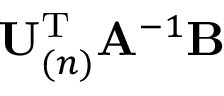
\mathbf { U } _ { ( n ) } ^ { \mathrm { T } } \mathbf { A } ^ { - 1 } \mathbf { B }